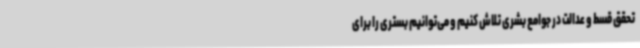
تحقق قسط و عدالت در جوامع بشری تلاش کنیم و می‌توانیم بستری را برای